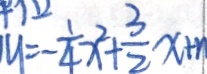
u = - \frac { 1 } { 4 } x ^ { 2 } + \frac { 3 } { 2 } x + n